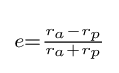
\scriptstyle e={{r_{a}-r_{p}} \over {r_{a}+r_{p}}}